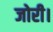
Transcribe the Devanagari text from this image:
जोरी।